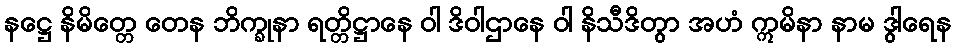
နဋ္ဌေ နိမိတ္တေ တေန ဘိက္ခုနာ ရတ္တိဋ္ဌာနေ ဝါ ဒိဝါဌာနေ ဝါ နိသီဒိတွာ အဟံ ဣမိနာ နာမ ဒွါရေန